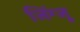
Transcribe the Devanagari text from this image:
जिंग्जू